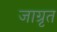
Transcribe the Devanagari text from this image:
जाग्रृत